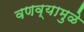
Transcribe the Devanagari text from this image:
वणव्यामुळे